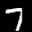
Label: 7